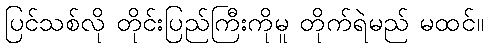
ပြင်သစ်လို တိုင်းပြည်ကြီးကိုမူ တိုက်ရဲမည် မထင်။